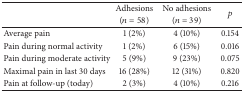
| <ROWSPAN=2>  | Adhesions | No adhesions | <ROWSPAN=2> p |
 | (n = 58) | (n = 39) |
 | --- | --- | --- | --- |
 | Average pain | 1 (2%) | 4 (10%) | 0.154 |
 | Pain during normal activity | 1 (2%) | 6 (15%) | 0.016 |
 | Pain during moderate activity | 5 (9%) | 9 (23%) | 0.075 |
 | Maximal pain in last 30 days | 16 (28%) | 12 (31%) | 0.820 |
 | Pain at follow-up (today) | 2 (3%) | 4 (10%) | 0.216 |